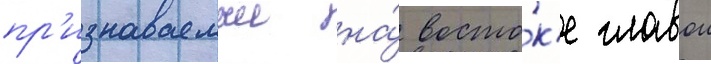
пр'изнаваемыи на́ восто́к'е главои